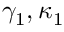
\gamma _ { 1 } , \kappa _ { 1 }